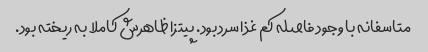
متاسفانه با وجود فاصله کم غذا سرد بود. پیتزا ظاهرش کاملا به ریخته بود.